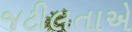
જટીલતાએ